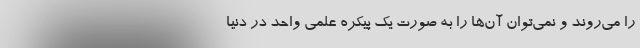
را می‌روند و نمی‌توان آن‌ها را به صورت یک پیکره علمی واحد در دنیا